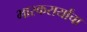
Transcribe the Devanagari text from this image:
भास्करार्यांचा